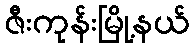
ဇီးကုန်းမြို့နယ်